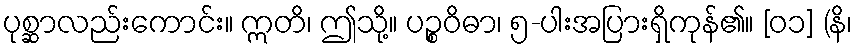
ပုစ္ဆာလည်းကောင်း။ ဣတိ၊ ဤသို့။ ပဉ္စဝိဓာ၊ ၅-ပါးအပြားရှိကုန်၏။ [၀၁] (နိ၊